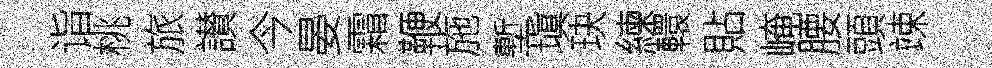
诣桃旅讃今晏霜鞭施塹塡玦練轘貼崦腰頭竦